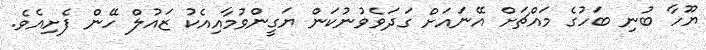
ޔޫހާ ބުނި ބަހުގެ މައްޗަށް އޭނައަށް ގަދަވެވުނުކަން ޔަގީންވުމާއިއެކު ޒައުލް ހޭން ފެށިއެވެ.